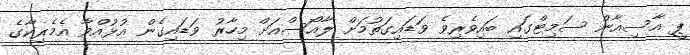
ޕީ އާސިއާން ސަމިޓްގައި ބައިވެރިވެ ވަޑައިގަތުމަށް ލާއޯސްއަށް މިހާރު ވަޑައިގެން އުޅުއްވާ އެމެރިކާގެ